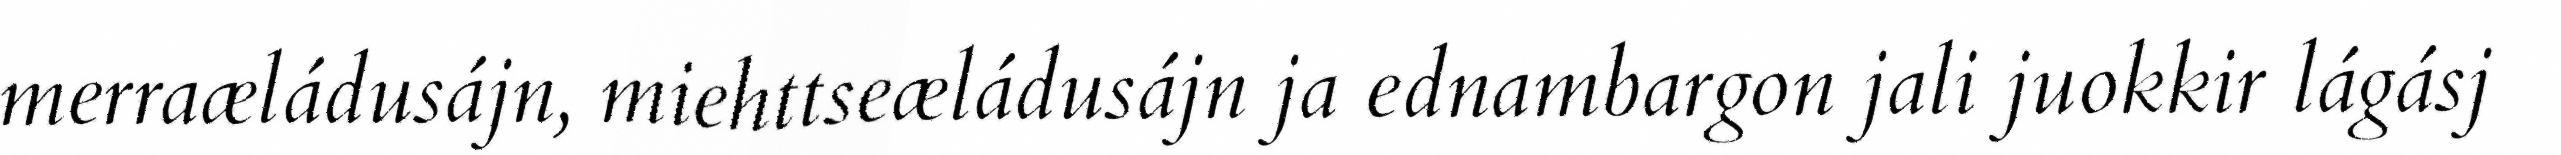
merraæládusájn, miehttseæládusájn ja ednambargon jali juokkir lágásj